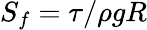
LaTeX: S_{f}=\tau/\rho gR